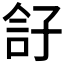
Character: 𡥫